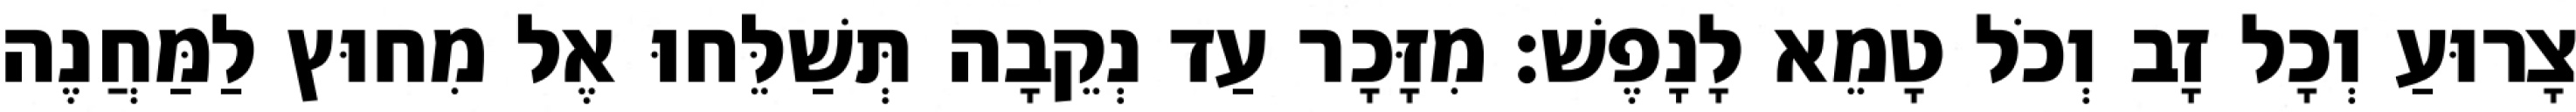
צָרוּעַ וְכָל זָב וְכֹל טָמֵא לָנָפֶשׁ׃ מִזָּכָר עַד נְקֵבָה תְּשַׁלֵּחוּ אֶל מִחוּץ לַמַּחֲנֶה